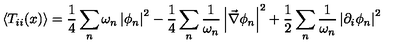
\left\langle T _ { i i } ( x ) \right\rangle = \frac { 1 } { 4 } \sum _ { n } \omega _ { n } \left| \phi _ { n } \right| ^ { 2 } - \frac { 1 } { 4 } \sum _ { n } \frac { 1 } { \omega _ { n } } \left| \vec { \nabla } \phi _ { n } \right| ^ { 2 } + \frac { 1 } { 2 } \sum _ { n } \frac { 1 } { \omega _ { n } } \left| \partial _ { i } \phi _ { n } \right| ^ { 2 }